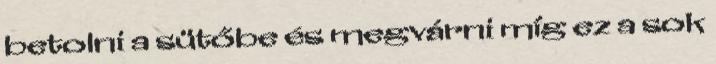
betolni a sütőbe és megvárni míg ez a sok